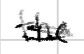
Text: the
Cross-out: mix
Writing tool: digital_black